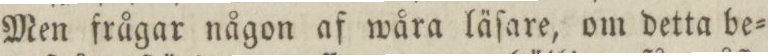
Men frågar någon af wåra läſare, om detta be=